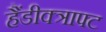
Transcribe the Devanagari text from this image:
हैंडीक्त्राफ्ट